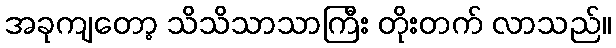
အခုကျတော့ သိသိသာသာကြီး တိုးတက် လာသည်။